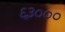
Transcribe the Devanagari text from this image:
६३०००